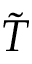
\tilde { T }